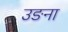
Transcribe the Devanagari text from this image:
उङना